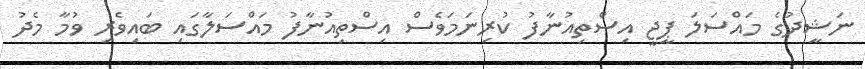
ނަޝީދުގެ މައްސަލަ ޕީޖީ އިސްތިއުނާފު ކުރިނަމަވެސް އިސްތިއުނާފު މައްސަލާގައި ބައިވެރި ވުމާ މެދު